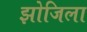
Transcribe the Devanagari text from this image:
झोजिला